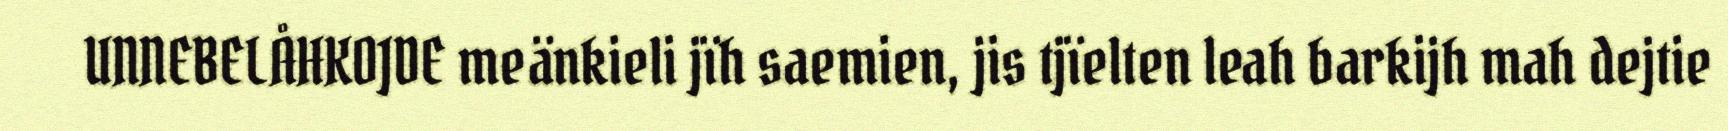
UNNEBELÅHKOJDE meänkieli jïh saemien, jis tjïelten leah barkijh mah dejtie